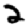
Digit: 2